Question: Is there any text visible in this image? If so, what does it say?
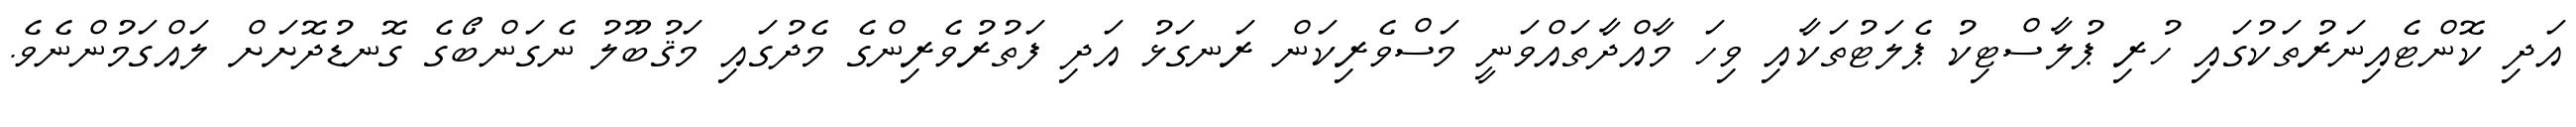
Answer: އަދި ކޮންޓެއިނަރުތަކުގައި ހުރި ޕުލާސްޓިކު ޕެލަޓުތަކާއި ވިހަ މާއްދާތައްވަނީ މަސްވެރިކަން ރަނގަޅު އަދި ފަތުރުވެރިންގެ މެދުގައި މަޤުބޫލު ނެގަންބޯގެ ގޮނޑުދޮށަށް ލައްގަމުންނެވެ.